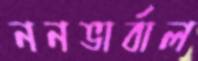
ননভার্বাল